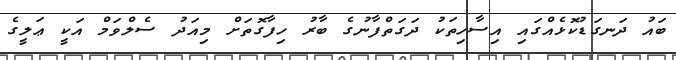
ބައު ދަނގަޑުކޮޅެއްގައި އިސާހިތަކު ދަގަތްފާނުގެ ބާރު ހިފާގޮތަށް މިއަދު ސެލްވަމް އަކީ ޢަލީގެ